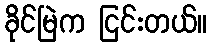
ခိုင်မြဲက ငြင်းတယ်။